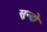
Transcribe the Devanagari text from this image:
सुन्दो